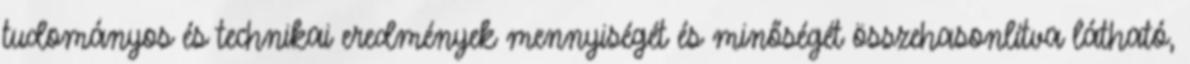
tudományos és technikai eredmények mennyiségét és minőségét összehasonlítva látható,